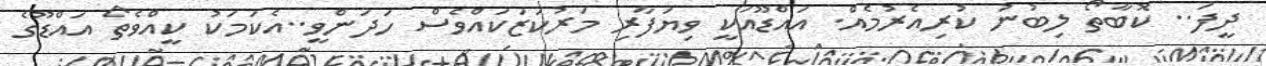
ދީފަ.. ކޮބާތޯ ލިބުނު ކުރިއެރުމެއް. އައްޑޫއަކީ ވިޔަފާރި މަރުކަޒަކައްވެސް ހަދަންވީ..އެކަމަކު ކީއްވެތޯ އައްޑޫގެ